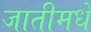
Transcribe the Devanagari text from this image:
जातीमधे